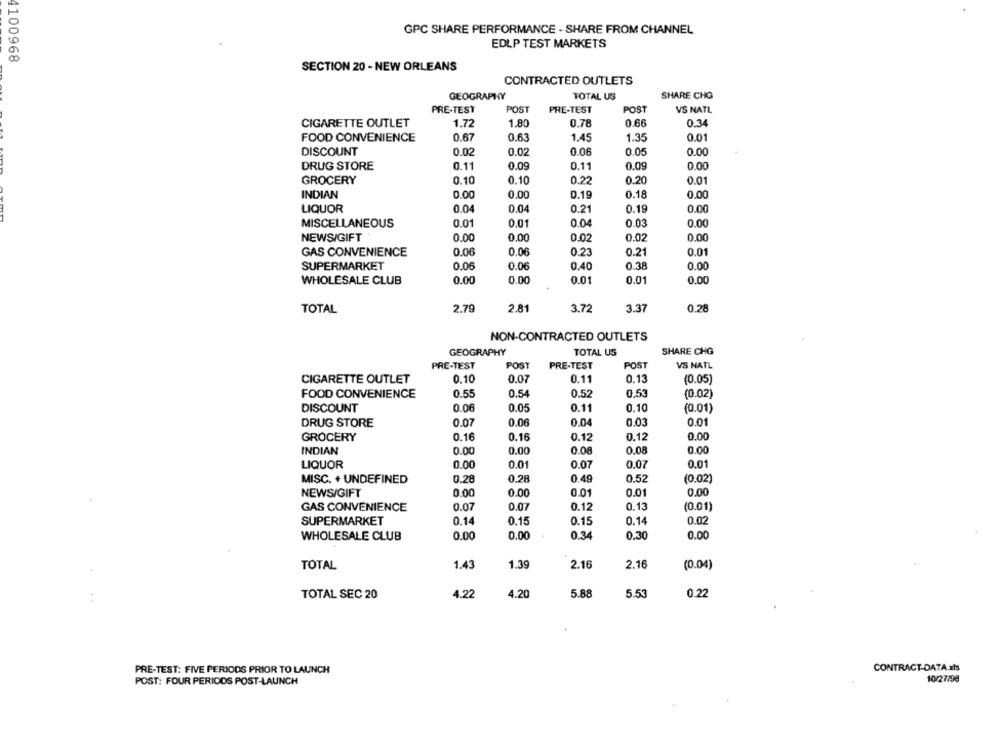
GPC SHARE PERFORMANCE - SHARE FROM CHANNEL
EDLP TEST MARKETS
4100968
SECTION 20 - NEW ORLEANS
CONTRACTED OUTLETS
GEOGRAPHY
TOTAL US
SHARE CHG
PRE-TEST
POST
PRE-TEST
POST
VS NATL
CIGARETTE OUTLET
1.72
1.80
0.78
0.66
0.34
FOOD CONVENIENCE
0.67
0.63
1.45
1.35
0.01
DISCOUNT
0.05
0.02
0.02
0.06
0.00
DRUG STORE
0.09
0.11
0.09
0.00
0.11
GROCERY
0.10
0.10
0.22
0.20
0.01
INDIAN
0.00
0.00
0.19
0.18
0.00
LIQUOR
0.04
0.04
0.21
0.19
0.00
MISCELLANEOUS
0.01
0.01
0.04
0.03
0.00
NEWS/GIFT
0.00
0.00
0.02
0.02
0.00
GAS CONVENIENCE
0.06
0.06
0.23
0.21
0.01
SUPERMARKET
0.06
0.06
0.40
0.38
0.00
WHOLESALE CLUB
0.00
0.00
0.01
0.01
0.00
2.79
2.81
0.28
TOTAL
3.72
3.37
NON-CONTRACTED OUTLETS
GEOGRAPHY
TOTAL US
SHARE CHG
PRE-TEST
POST
PRE-TEST
POST
VS NATL
CIGARETTE OUTLET
0.10
0.07
0.11
0.13
(0.05)
FOOD CONVENIENCE
0.55
0.54
0.52
0.53
(0.02)
DISCOUNT
0.06
0.05
0.11
0.10
(0.01)
DRUG STORE
0.07
0.06
0.04
0.03
0.01
0.16
0.00
GROCERY
0.16
0.12
0.12
INDIAN
0.00
0.00
0.08
0.08
0.00
LIQUOR
0.00
0.01
0.07
0.07
0.01
MISC. + UNDEFINED
0.28
0.28
0.49
0.52
(0.02)
NEWS/GIFT
0.00
0.00
0.01
0.01
0.00
GAS CONVENIENCE
0.07
0.07
0.12
0.13
(0.01)
SUPERMARKET
0.14
0.15
0.15
0.14
0.02
WHOLESALE CLUB
0.00
0.00
0.34
0.30
0.00
TOTAL
1.43
1.39
2.16
2.16
(0.04)
4.20
5.88
5.5
0.22
TOTAL SEC 20
4.22
CONTRACT-DATA.xls
PRE-TEST: FIVE PERIODS PRIOR TO LAUNCH
POST: FOUR PERIODS POST-LAUNCH
10/27/96